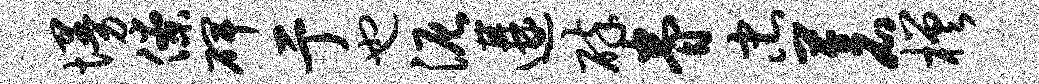
墁僚碑亍也泥遘碎眷忠苍槎